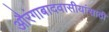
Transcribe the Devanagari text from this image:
औरंगाबादवासीयांसाठी